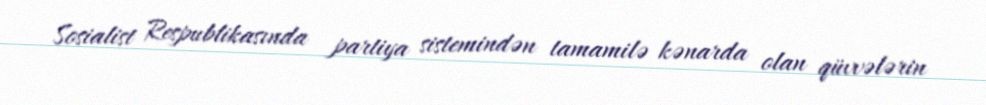
Sosialist Respublikasında partiya sistemindən tamamilə kənarda olan qüvvələrin